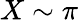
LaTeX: X\sim\pi